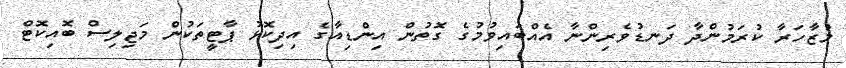
މުޒާހަރާ ކުރަމުންދާ ދަނޑުވެރިންނާ އެއްބައިވުމުގެ ގޮތުން އިންޑިއާގެ އިދިކޮޅު ޕާޓީތަކުން މަޖިލިސް ބޮއިކޮޓް